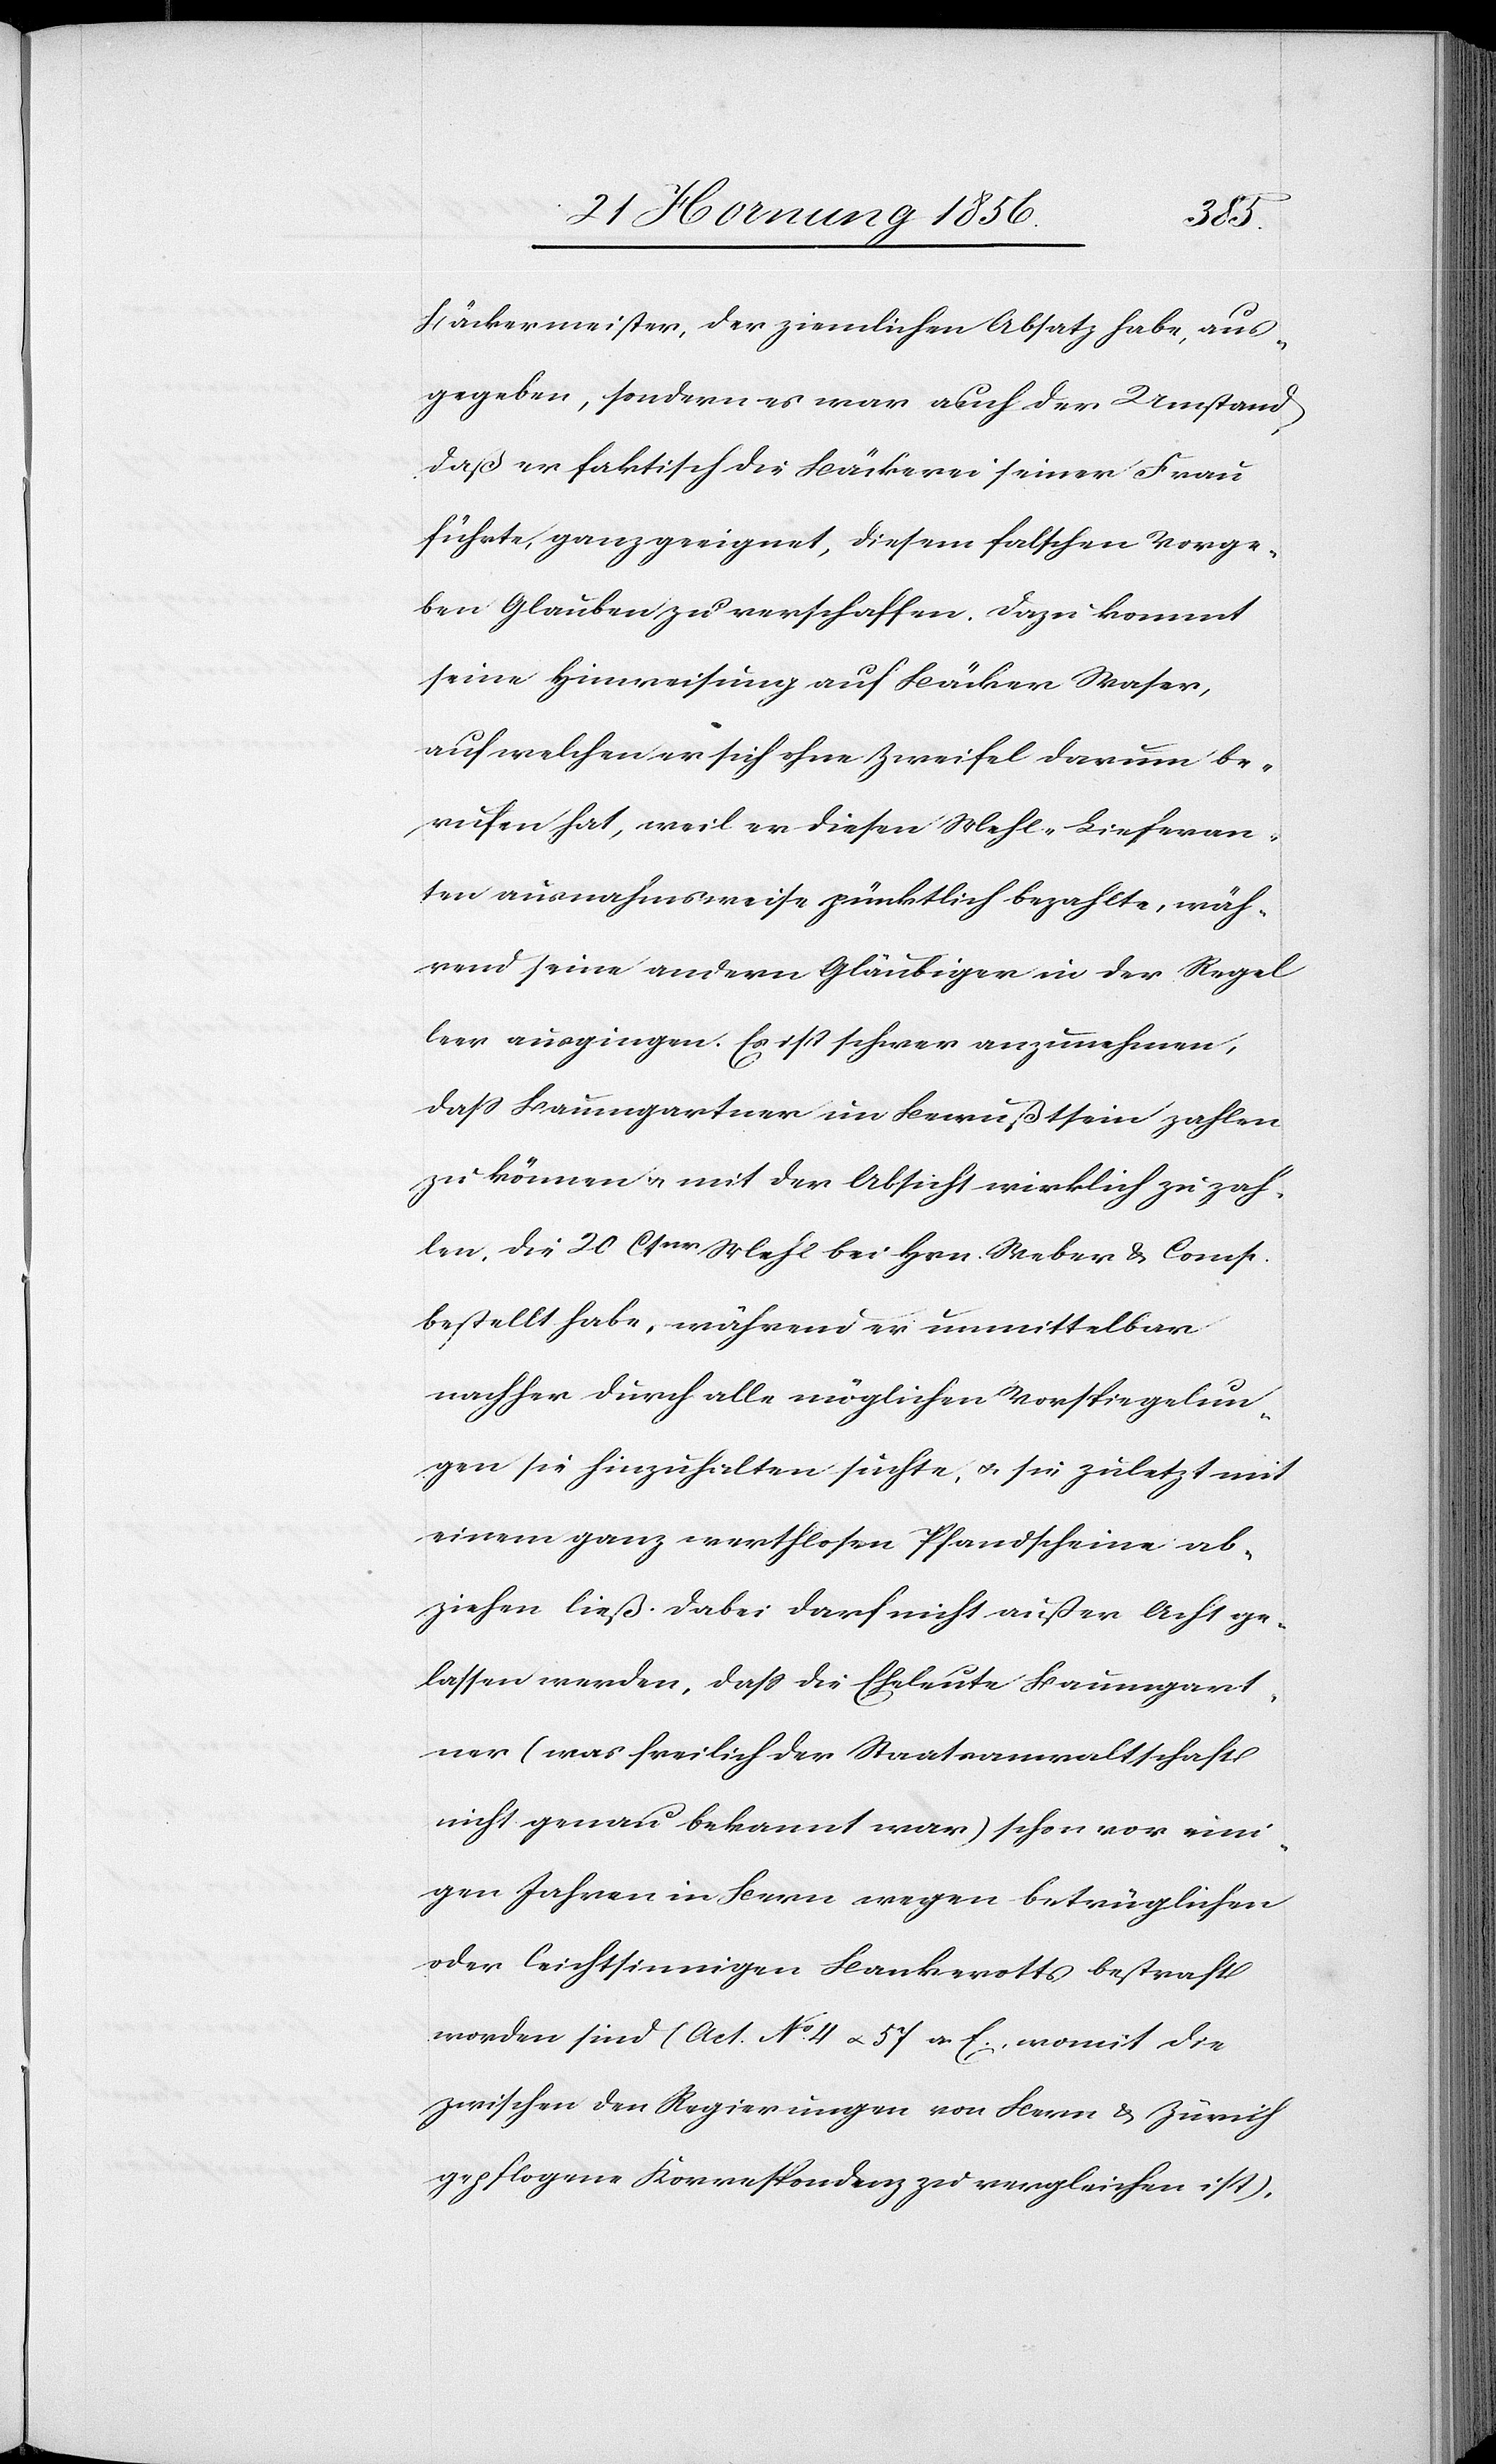
Bäckermeister, der ziemlichen Absatz habe, aus¬
gegeben, sondern es war auch der Umstand,
daß er faktisch die Bäckerei seiner Frau
führte, ganz geeignet, diesem falschen Vorge¬
ben Glauben zu verschaffen. Dazu kommt
seine Hinweisung auf Bäcker Waser,
auf welchen er sich ohne Zweifel darum be¬
rufen hat, weil er diesen Mehl-Lieferan¬
ten ausnahmsweise pünktlich bezahlte, wäh¬
rend seine andern Gläubiger in der Regel
leer ausgingen. Es ist schwer anzunehmen,
daß Baumgartner im Bewußtsein zahlen
zu können u. mit der Absicht wirklich zu zah¬
len, die 20 Ctnr Mehl bei Hrn. Weber & Comp.
bestellt habe, während er unmittelbar
nachher durch alle möglichen Vorspiegelun¬
gen sie hinzuhalten suchte, u. sie zuletzt mit
einem ganz werthlosen Pfandscheine ab¬
ziehen ließ. Dabei darf nicht außer Acht ge¬
lassen werden, daß die Eheleute Baumgart¬
ner (was freilich der Staatsanwaltschaft
nicht genau bekannt war) schon vor eini¬
gen Jahren in Bern wegen betrüglichen
oder leichtsinnigen Bankerott bestraft
worden sind (Act. No 4 u. 57 a. E., womit die
zwischen den Regierungen von Bern & Zürich
gepflogene Korrespondenz zu vergleichen ist),